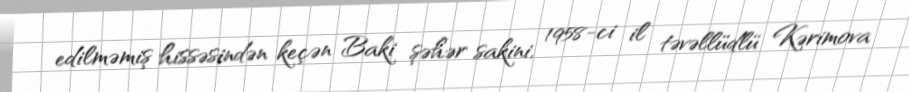
edilməmiş hissəsindən keçən Baki şəhər sakini, 1958-ci il təvəllüdlü Kərimova